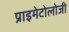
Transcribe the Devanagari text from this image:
प्राइमेटोलोजी